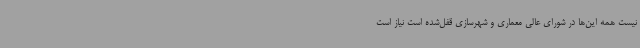
نیست همه این‌ها در شورای عالی معماری و شهرسازی قفل‌شده است نیاز است